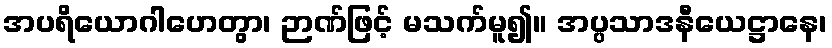
အပရိယောဂါဟေတွာ၊ ဉာဏ်ဖြင့် မသက်မူ၍။ အပ္ပသာဒနီယေဋ္ဌာနေ၊